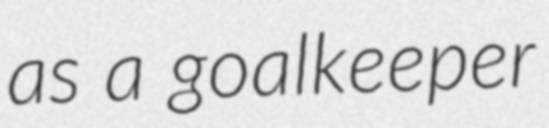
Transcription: as a goalkeeper